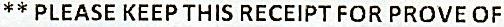
** PLEASE KEEP THIS RECEIPT FOR PROVE OF